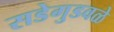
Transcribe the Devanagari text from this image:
सडेगुडवळे